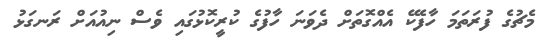
މެޗުގެ ފުރަތަމަ ހާފެކޭ އެއްގޮތަށް ދެވަނަ ހާފުގެ ކުރީކޮޅުގައި ވެސް ނިއުއަށް ރަނގަޅު